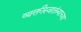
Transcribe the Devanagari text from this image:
व्यक्तीस्वातंत्र्याच्या